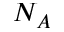
N _ { A }